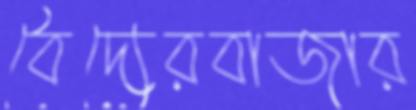
বৈদ্যেরবাজার